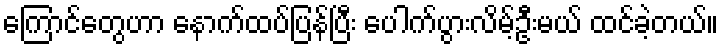
ကြောင်တွေဟာ နောက်ထပ်ပြန်ပြီး ပေါက်ပွားလိမ့်ဦးမယ် ထင်ခဲ့တယ်။